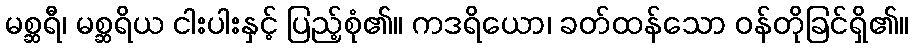
မစ္ဆရီ၊ မစ္ဆရိယ ငါးပါးနှင့် ပြည့်စုံ၏။ ကဒရိယော၊ ခတ်ထန်သော ဝန်တိုခြင်ရှိ၏။